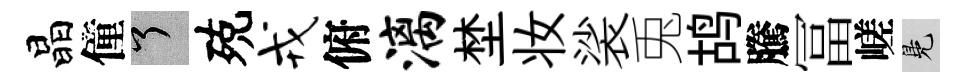
晶僮了殑戎俯漓埜妆裟兎鸪騰冨嵯鳬